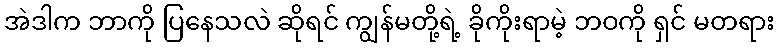
အဲဒါက ဘာကို ပြနေသလဲ ဆိုရင် ကျွန်မတို့ရဲ့ ခိုကိုးရာမဲ့ ဘဝကို ရှင် မတရား